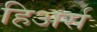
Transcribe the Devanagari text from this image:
हिअर्स